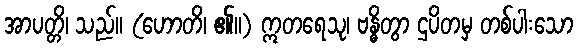
အာပတ္တိ၊ သည်။ (ဟောတိ၊ ၏။) ဣတရေသု၊ ဗန္ဓိတွာ ဌပိတမှ တစ်ပါးသော